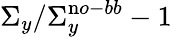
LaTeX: \Sigma_{y}/\Sigma_{y}^{\mathrm no-bb}-1